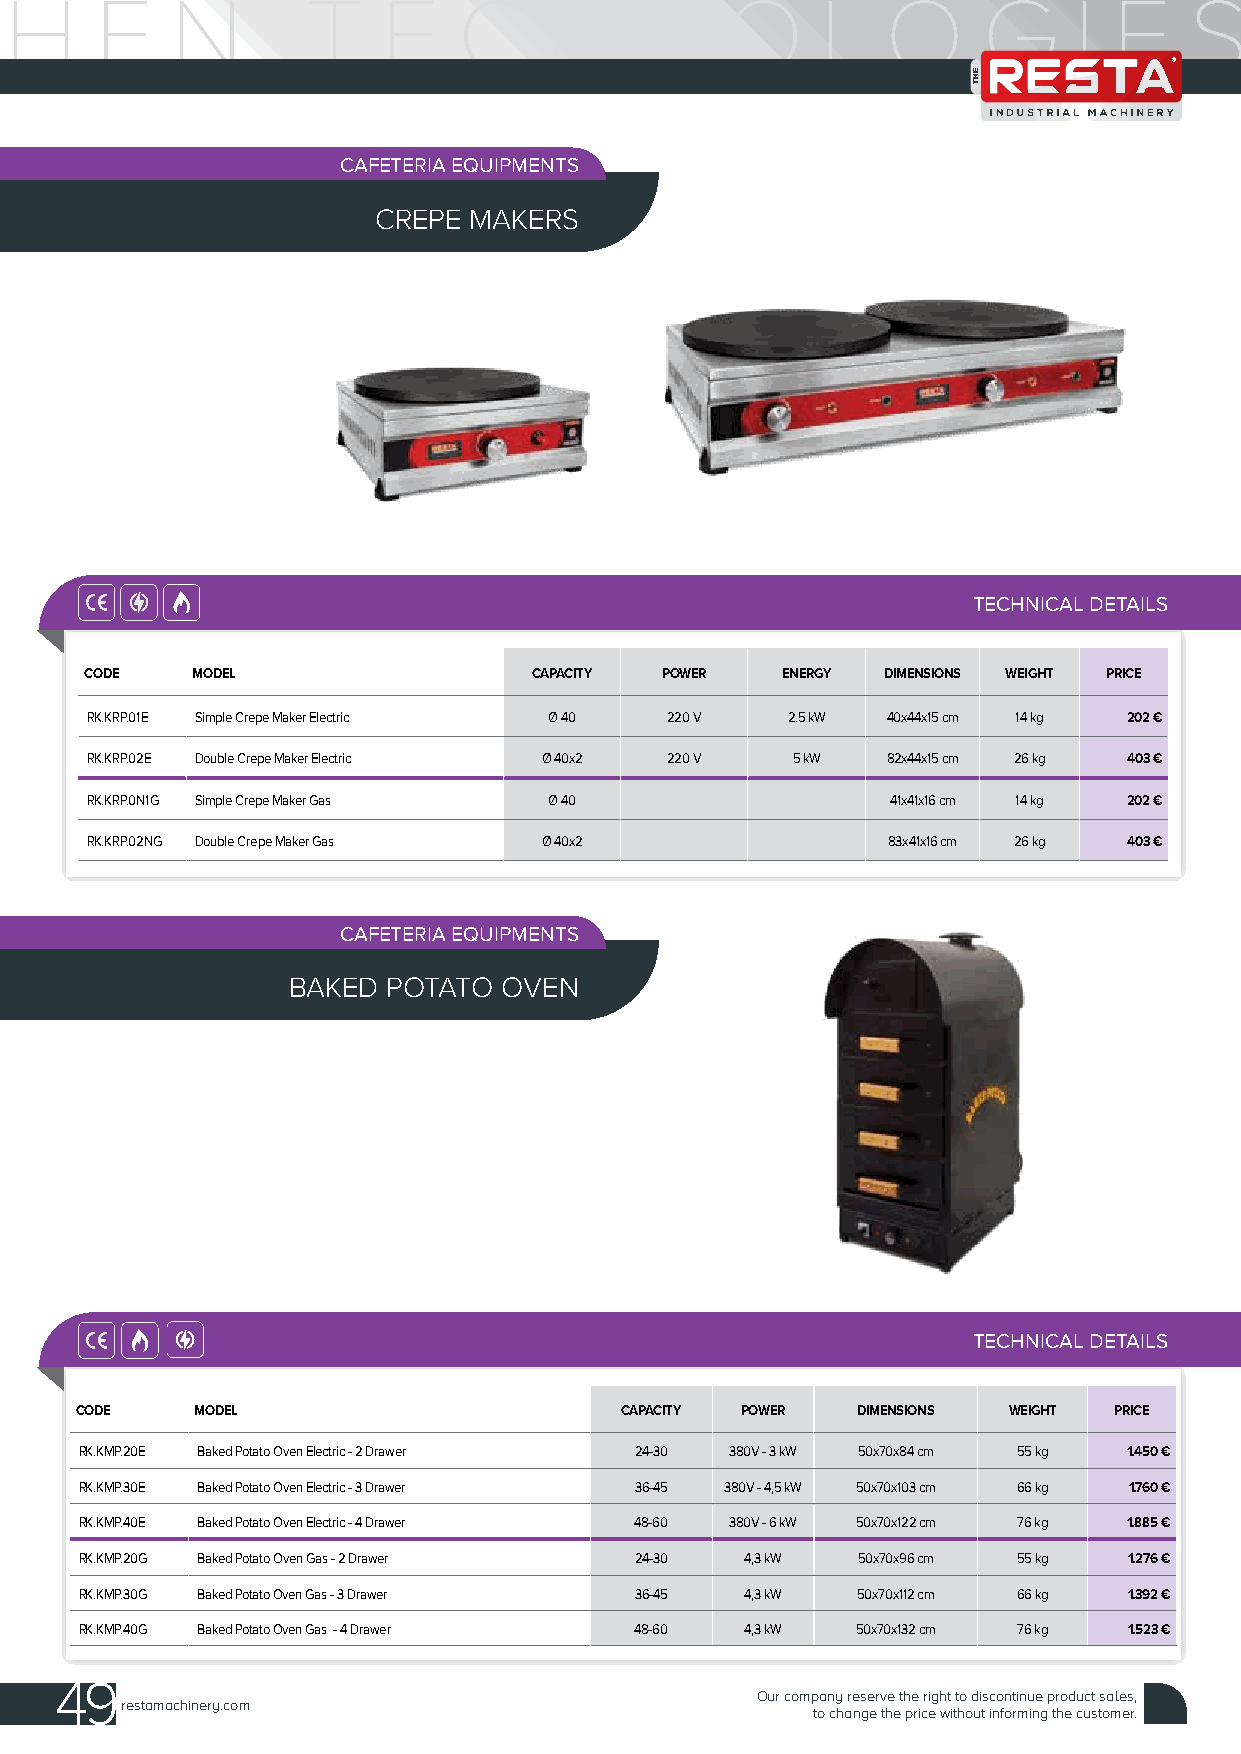
CAFETERIA EQUIPMENTS
 CREPE MAKERS
 TECHNICAL DETAILS
 CODE   MODEL                 CAPACITY POWER   ENERGY DIMENSIONS WEIGHT PRICE
 RK.KRP.01E Simple Crepe Maker Electric Ø 40 220 V 2.5 kW 40x44x15 cm 14 kg 202 €
 RK.KRP.02E Double Crepe Maker Electric Ø 40x2 220 V 5 kW 82x44x15 cm 26 kg 403 €
 RK.KRP.0N1G Simple Crepe Maker Gas Ø 40              41x41x16 cm 14 kg 202 €
 RK.KRP.02NG Double Crepe Maker Gas Ø 40x2            83x41x16 cm 26 kg 403 €
 CAFETERIA EQUIPMENTS
 BAKED  POTATO OVEN
 TECHNICAL DETAILS
 CODE    MODEL                       CAPACITY POWER  DIMENSIONS WEIGHT PRICE
 RK.KMP.20E Baked Potato Oven Electric - 2 Drawer 24-30 380V - 3 kW 50x70x84 cm 55 kg 1.450 €
 RK.KMP.30E Baked Potato Oven Electric - 3 Drawer 36-45 380V - 4,5 kW 50x70x103 cm 66 kg 1.760 €
 RK.KMP.40E Baked Potato Oven Electric - 4 Drawer 48-60 380V - 6 kW 50x70x122 cm 76 kg 1.885 €
 RK.KMP.20G Baked Potato Oven Gas - 2 Drawer 24-30 4,3 kW 50x70x96 cm 55 kg 1.276 €
 RK.KMP.30G Baked Potato Oven Gas - 3 Drawer 36-45 4,3 kW 50x70x112 cm 66 kg 1.392 €
 RK.KMP.40G Baked Potato Oven Gas - 4 Drawer 48-60 4,3 kW 50x70x132 cm 76 kg 1.523 €
 49
 Our company reserve the right to discontinue product sales,
 restamachinery.com
 to change the price without informing the customer.